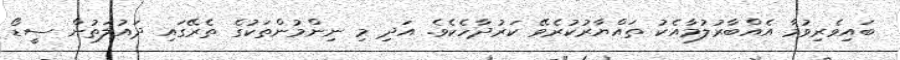
ބައިވެރިވުމާ އެއްބާރުލުމާއެކު ތައްޔާރުކުރެވޭ ކަރުދާހެކެވެ. އަދި މި ނިންމުންތަކުގެ ތެރޭގައި ދައުލަތުން ސީޑޯ